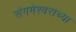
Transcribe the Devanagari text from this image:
संगमेश्वराच्या